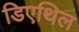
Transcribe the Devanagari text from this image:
डिएथिल